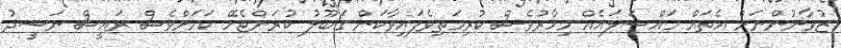
ޒުވާނުންނަށް އެތައް މައްސަލައެއް މިހާރުވެސް ކުރިމަތިވެފައިވާކަން ގަބޫލު ކުރަންޖެހޭ ކަމަށްވެސް ރައީސް ނަޝީދު